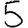
Digit: 5